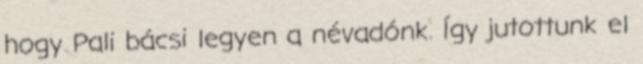
hogy Pali bácsi legyen a névadónk. Így jutottunk el